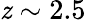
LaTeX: \mathit{z}\sim2.5